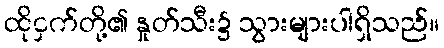
ထိုငှက်တို့၏ နှုတ်သီး၌ သွားများပါရှိသည်။